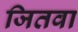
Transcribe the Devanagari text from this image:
जितवा